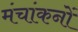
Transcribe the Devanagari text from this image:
मंचांकनों